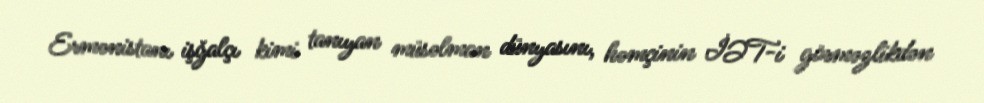
Ermənistanı işğalçı kimi tanıyan müsəlman dünyasını, həmçinin İƏT-i görməzlikdən